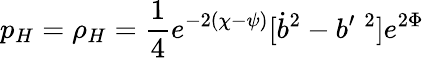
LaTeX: p_{H}=\rho_{H}=\frac 14e^{-2(\chi-\psi)}[\dot{b}^{2}-b^{\prime}{}^{\; 2}]e^{2\Phi}